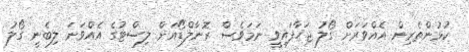
ކުޅުންތެރިން އެއްވަރަށް ގޯލު ޖަހާފައިވީ ނަމަވެސް ރޮނާލްޑޯއަށް ލިސްޓުގެ އެއްވަނަ ލިބެނީ ގޯލު